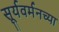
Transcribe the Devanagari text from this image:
सूर्यवर्मनच्या